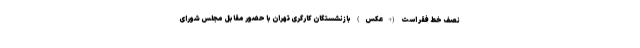
نصف خط فقر است (+عکس) بازنشستگان کارگری تهران با حضور مقابل مجلس شورای